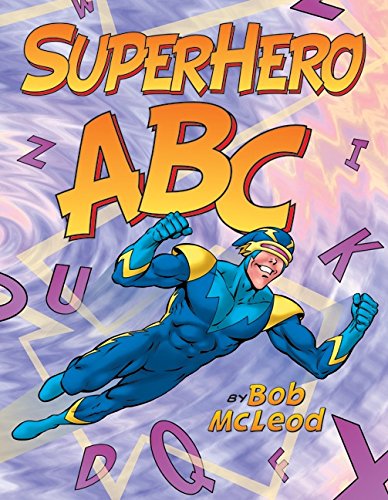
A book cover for SuperHero ABC; Bob McLeod; Children's Books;